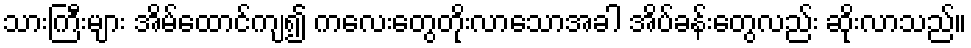
သားကြီးများ အိမ်ထောင်ကျ၍ ကလေးတွေတိုးလာသောအခါ အိပ်ခန်းတွေလည်း ဆိုးလာသည်။